NAE_EAOK_eestikeelsed_sunnimeetrikad, lk 82
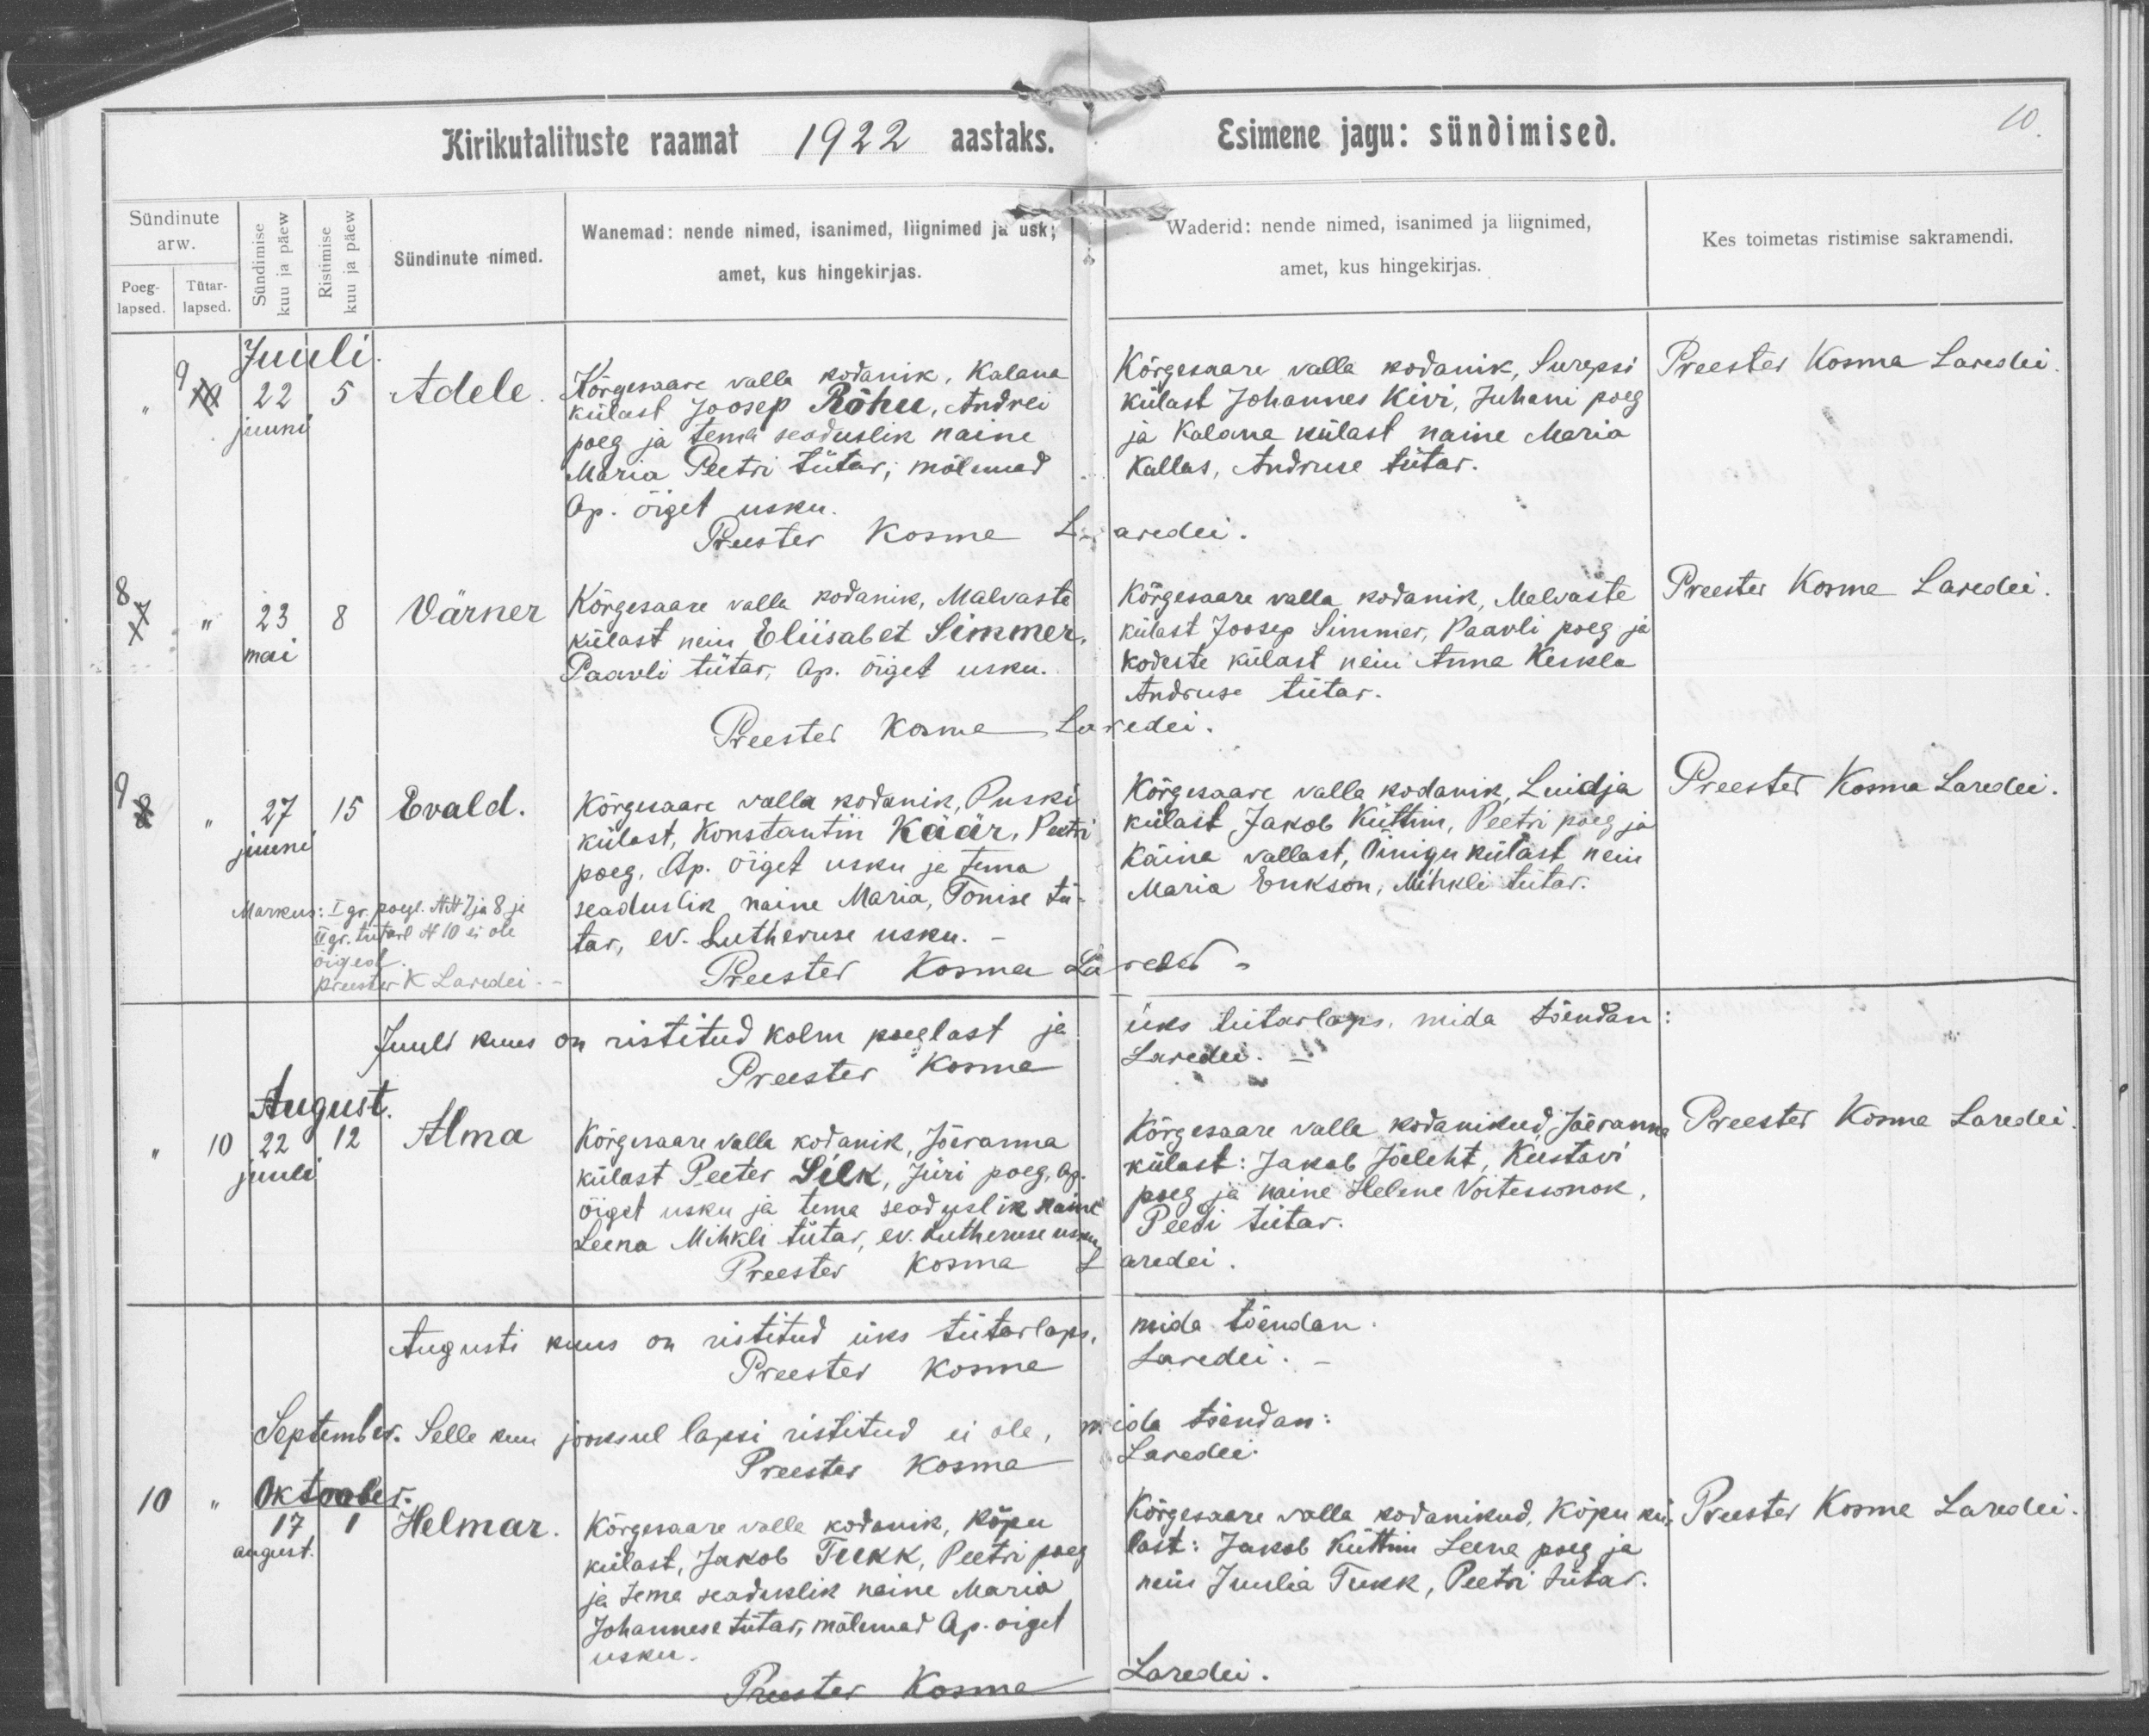
Adele

Värner

Evald

Alma

Helmar

Kõrgesaare valla kodanik, Kalana
külast Joosep Rõhu, Andrei
poeg ja tema seadusline naine
Maria Peetri tütar, mõlemad
Ap. õiget usku.

Kõrgesaare valla kodanik, Malvaste
külast neiu Eliisabet Simmer
Paavli tütar, Ap. õiget usku.

Kõrgesaare valla kodanik, Puski
külast, Konstantin Käär, Peetri
poeg, Ap. õiget usku ja tema
seaduslik naine Maria, Tõnise tü-
tar, ev-Lutheruse usku.

Kõrgesaare valla kodanik, Jõeranna
külast Peeter Silk, Jüri poeg, Ap.
õiget usku ja tema seaduslik naine
Leena Mihkli tütar, ev. Lutheruse usku.

Kõrgesaare valla kodanik, Kõpu
külast, Jakob Tukk, Peetri poeg
ja tema seaduslik naine Maria
Johannese tütar, mõlemad Ap. oiget
usku.